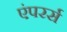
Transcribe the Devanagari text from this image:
एंपरर्स